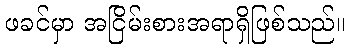
ဖခင်မှာ အငြိမ်းစားအရာရှိဖြစ်သည်။